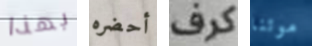
بهذا أحضره كرف موتنا